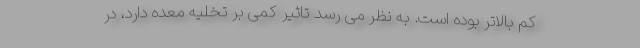
کم بالاتر بوده است. به نظر می رسد تاثیر کمی بر تخلیه معده دارد، در